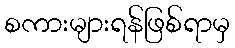
စကားများရန်ဖြစ်ရာမှ